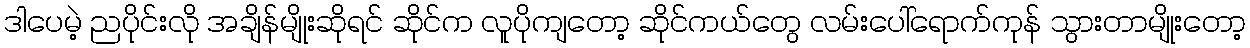
ဒါပေမဲ့ ညပိုင်းလို အချိန်မျိုးဆိုရင် ဆိုင်က လူပိုကျတော့ ဆိုင်ကယ်တွေ လမ်းပေါ်ရောက်ကုန် သွားတာမျိုးတော့